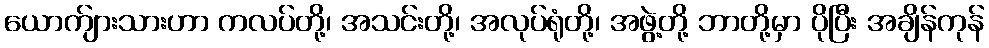
ယောက်ျားသားဟာ ကလပ်တို့၊ အသင်းတို့၊ အလုပ်ရုံတို့၊ အဖွဲ့တို့ ဘာတို့မှာ ပိုပြီး အချိန်ကုန်